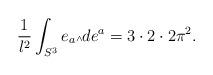
LaTeX: \begin{align*}\frac{1}{l^2}\int_{S^3} e_a {\mbox{\tiny $\wedge$}} de^a = 3\cdot 2\cdot 2\pi^2.\end{align*}